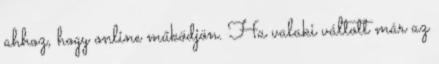
ahhoz, hogy online működjön. Ha valaki váltott már az